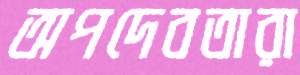
অপদেবতারা